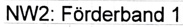
Text: NW2: Förderband 1